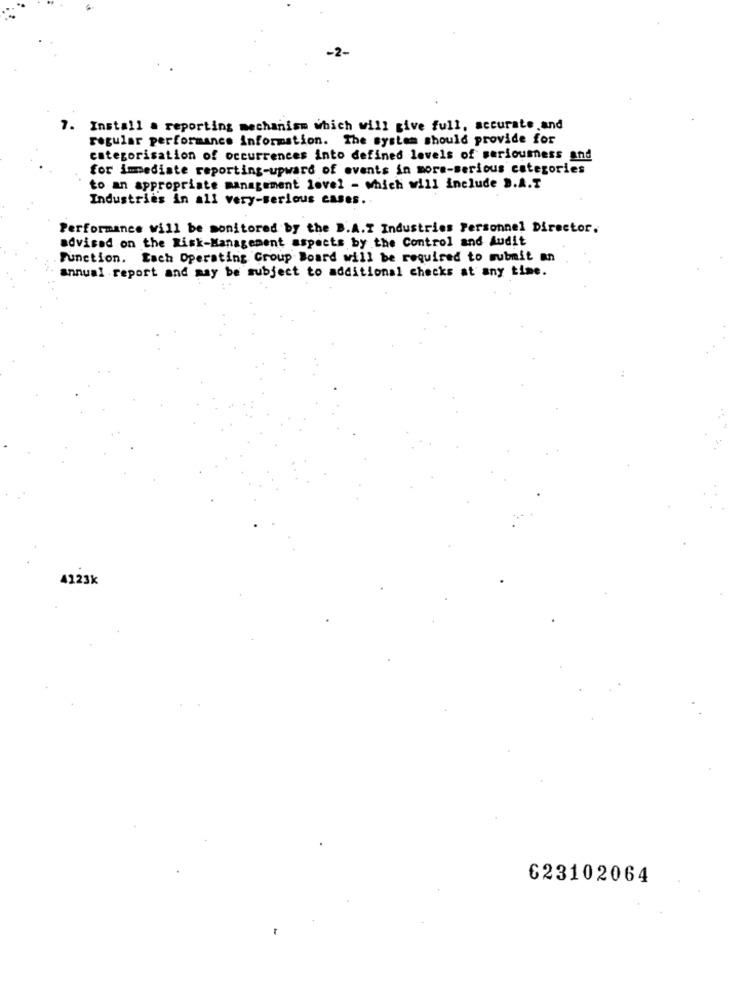
-2-
7.
Install a reporting mechanism which will give full, accurate,and
regular performance information. The system should provide for
categorisation of occurrences into defined levels of seriousness and
for immediate reporting-upward of events in more-serious categories
to an appropriate management lovel - which will include B.A.T
Industries in all very-serious cases ..
Performance will be monitored by the B.A.I Industries Personnel Director.
advised on the Risk-Management aspects by the Control and Audit
Function. Each Operating Group Board will be required to submit an
annual report and may be subject to additional checks at any time.
4123k
623102064